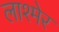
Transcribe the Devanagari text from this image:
लाश्मेर